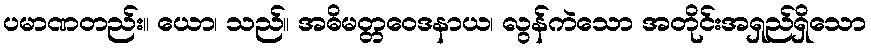
ပမာဏတည်း။ ယော၊ သည်။ အဓိမတ္တဝေဒနာယ၊ လွန်ကဲသော အတိုင်းအရှည်ရှိသော